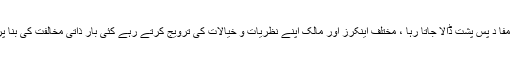
ایسا ہوا تو ، لیکن بہت دفعہ ملکی مفا د پس پشت ڈالا جاتا رہا ، مختلف اینکرز اور مالک اپنے نظریات و خیالات کی ترویج کرتے رہے کئی بار ذاتی مخالفت کی بنا پر دوسروں کی پگڑی اچھالی گئی۔